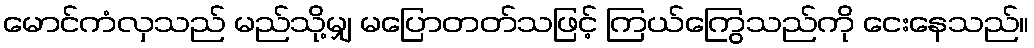
မောင်ကံလှသည် မည်သို့မျှ မပြောတတ်သဖြင့် ကြယ်ကြွေသည်ကို ငေးနေသည်။